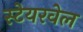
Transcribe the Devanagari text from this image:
स्टेयरवेल